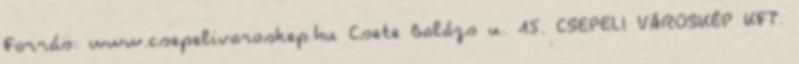
Forrás: www.csepelivaroskep.hu Csete Balázs u. 15. CSEPELI VÁROSKÉP KFT.